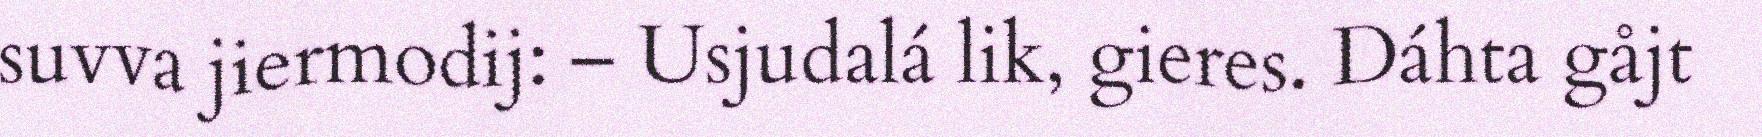
suvva jiermodij: – Usjudalá lik, gieres. Dáhta gåjt